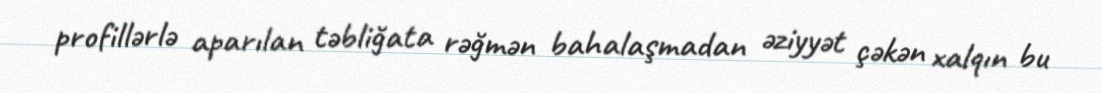
profillərlə aparılan təbliğata rəğmən bahalaşmadan əziyyət çəkən xalqın bu